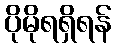
ပိုမိုရရှိရန်